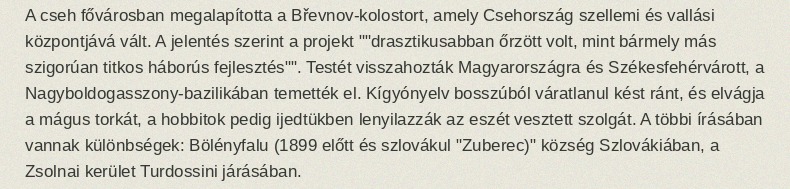
A cseh fővárosban megalapította a Břevnov-kolostort, amely Csehország szellemi és vallási központjává vált. A jelentés szerint a projekt ""drasztikusabban őrzött volt, mint bármely más szigorúan titkos háborús fejlesztés"". Testét visszahozták Magyarországra és Székesfehérvárott, a Nagyboldogasszony-bazilikában temették el. Kígyónyelv bosszúból váratlanul kést ránt, és elvágja a mágus torkát, a hobbitok pedig ijedtükben lenyilazzák az eszét vesztett szolgát. A többi írásában vannak különbségek: Bölényfalu (1899 előtt és szlovákul "Zuberec)" község Szlovákiában, a Zsolnai kerület Turdossini járásában.